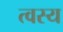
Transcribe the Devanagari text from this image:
त्वस्य